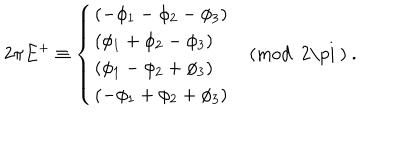
2 \pi E ^ { + } \equiv \left\{ \begin{array} { l } { { ( - \phi _ { 1 } - \phi _ { 2 } - \phi _ { 3 } ) } } \\ { { ( \phi _ { 1 } + \phi _ { 2 } - \phi _ { 3 } ) } } \\ { { ( \phi _ { 1 } - \phi _ { 2 } + \phi _ { 3 } ) } } \\ { { ( - \phi _ { 1 } + \phi _ { 2 } + \phi _ { 3 } ) } } \\ \end{array} \quad \mathrm { ( m o d ~ 2 \ p i ~ ) } ~ . \right.